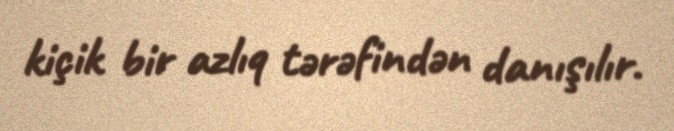
kiçik bir azlıq tərəfindən danışılır.